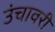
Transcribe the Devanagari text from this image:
उंचावरी